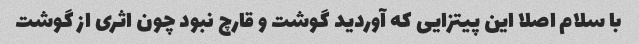
با سلام اصلا این پیتزایی که آوردید گوشت و قارچ نبود چون اثری از گوشت